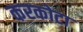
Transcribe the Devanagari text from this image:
करकोटा